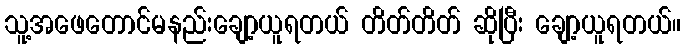
သူ့အဖေတောင်မနည်းချော့ယူရတယ် တိတ်တိတ် ဆိုပြီး ချော့ယူရတယ်။